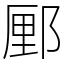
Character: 䣑